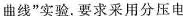
曲线”实验。要求采用分压电